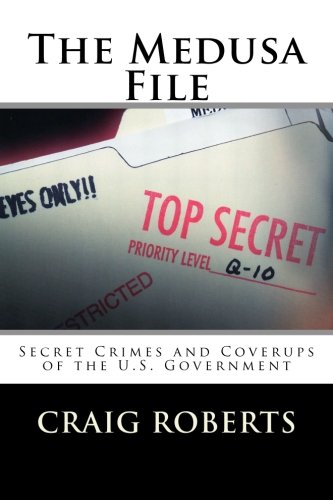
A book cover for The Medusa File: Secret Crimes and Coverups of the U.S. Government; Craig Roberts; Biographies & Memoirs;